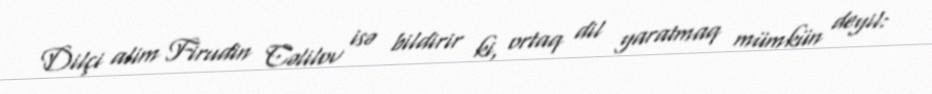
Dilçi alim Firudin Cəlilov isə bildirir ki, ortaq dil yaratmaq mümkün deyil: